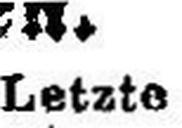
Letzte